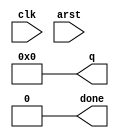
module clockDivider(clk, arst, q, done) ;
  parameter N = 7 ;
  parameter MAX = 127 ;
  input clk,arst;
  output [N-1:0] q = 0;
  output done = 0;

  reg [N-1:0] q ;
  reg done ;
  
  always @(posedge clk or posedge arst)
    begin
      if (arst == 1'b1)
        begin
          q <= 0 ;
          done <= 0 ;
        end
      else if (q == MAX)
        begin
          q <= 0 ;
          done <= ~done ;
        end
      else
        begin
          q <= q + 1;
        end
    end
    
endmodule